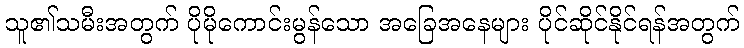
သူ၏သမီးအတွက် ပိုမိုကောင်းမွန်သော အခြေအနေများ ပိုင်ဆိုင်နိုင်ရန်အတွက်